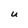
Character: U